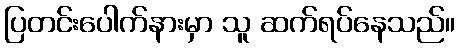
ပြတင်းပေါက်နားမှာ သူ ဆက်ရပ်နေသည်။